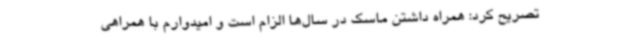
تصریح کرد: همراه داشتن ماسک در سال‌ها الزام است و امیدوارم با همراهی